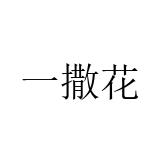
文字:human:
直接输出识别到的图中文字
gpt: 一撒花